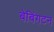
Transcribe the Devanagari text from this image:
बेबिंगटन